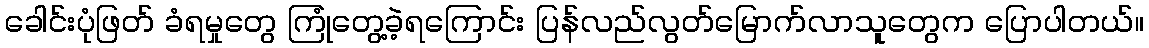
ခေါင်းပုံဖြတ် ခံရမှုတွေ ကြုံတွေ့ခဲ့ရကြောင်း ပြန်လည်လွတ်မြောက်လာသူတွေက ပြောပါတယ်။